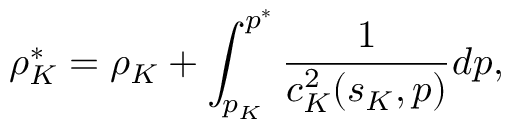
\rho _ { K } ^ { * } = \rho _ { K } + \int _ { p _ { K } } ^ { p ^ { * } } \frac { 1 } { c _ { K } ^ { 2 } ( s _ { K } , p ) } d p ,